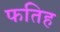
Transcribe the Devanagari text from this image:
फतिह